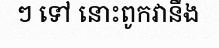
ៗ ទៅ នោះពូកវានឹង